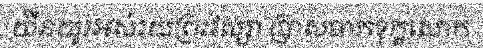
យឺនយូរអស់រយព្រះវស្សា ប្រាសចាកទុក្ខសោក